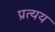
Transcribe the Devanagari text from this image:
प्रत्‍यय